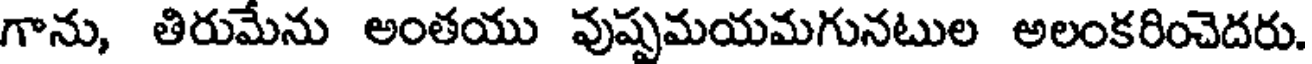
గాను, తిరుమేను అంతయు వుష్పమయమగునటుల అలంకరించెదరు